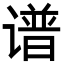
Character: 谱